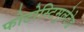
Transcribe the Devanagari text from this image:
फोटोस्टिमुलेटेड